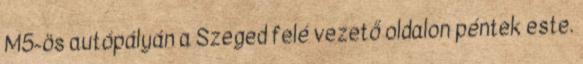
M5-ös autópályán a Szeged felé vezető oldalon péntek este.